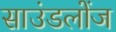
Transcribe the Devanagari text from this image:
साउंडलोंज